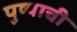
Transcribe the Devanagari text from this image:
पुष्पाची